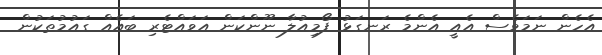
އެހެން ނަމަވެސް އެއީ އެންމެ ރަނގަޅު ފޯމިއުލާ ނޫންކަން އަވައްޓެރި ބައެއް ގައުމުތަކުން